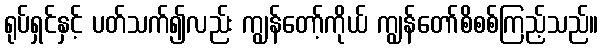
ရုပ်ရှင်နှင့် ပတ်သက်၍လည်း ကျွန်တော့်ကိုယ် ကျွန်တော်စိစစ်ကြည့်သည်။